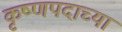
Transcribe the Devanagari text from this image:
कृष्णपदाच्या